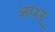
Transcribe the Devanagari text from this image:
अपर्